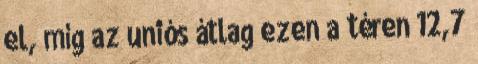
el, míg az uniós átlag ezen a téren 12,7